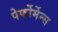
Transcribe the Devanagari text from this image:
पेर्फोर्मेन्स